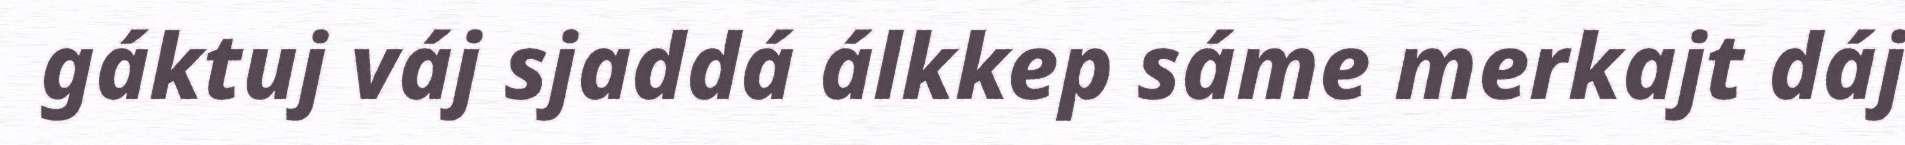
gáktuj váj sjaddá álkkep sáme merkajt dáj